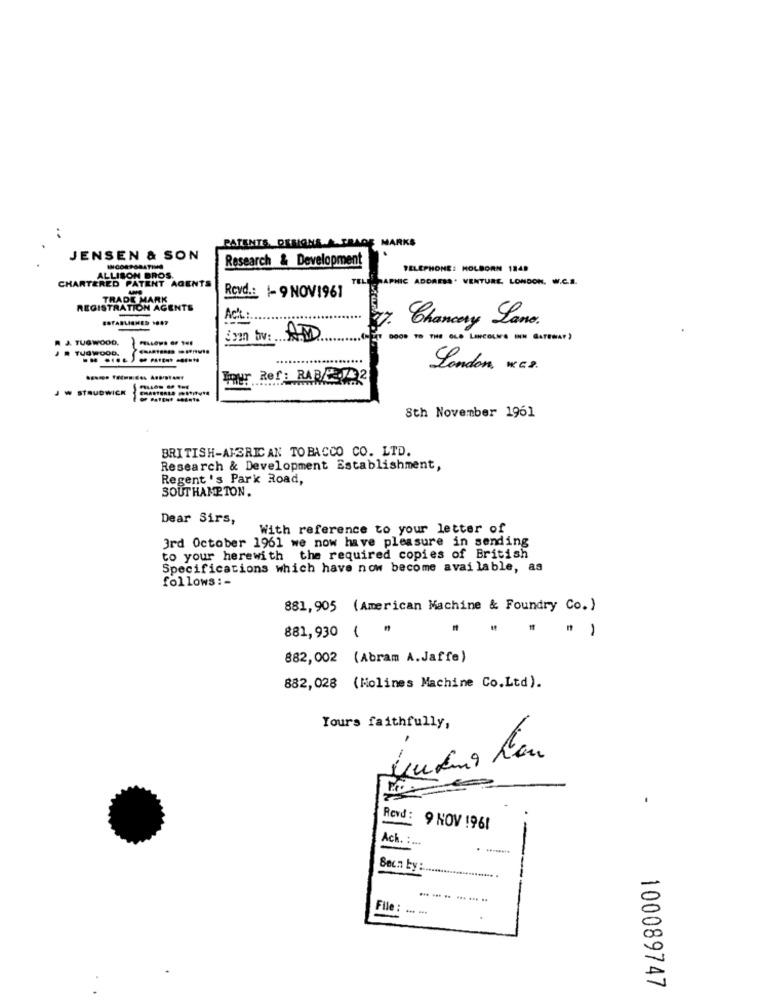
PATENTS DESIGNS A TRADE MARKS
JENSEN & SON
Research & Development
INCORPORATING
TELEPHONE: HOLBORN 1845
CHARTERED PATENT AGENTS
ALLISON BROS.
HIC ADDRESS. VENTURE. LONDON. W.C.S.
TRADE MARK
Rovd .: 1-9 NOV1961
REGISTRATION AGENTE
ESTABLISHED 1847
ACIL:
27.
Chancery Lane.
R J. TUGWOOD.
TUSWOOD.
.....------.
London, w. c.2.
Four Ref: RABE .7 2
JW STRUDWICK
-
Sth November 1961
BRITISH-AMERICAN TOBACCO CO. LTD.
Research & Development Establishment,
Regent 's Park Road,
SOUTHAMPTON.
Dear Sirs,
With reference to your letter of
3rd October 1961 we now have pleasure in sending
to your herewith the required copies of British
Specifications which have now become available, as
follows :-
881, 905 (American Machine & Foundry Co. )
881,930 ( ")
882,002 (Abram A.Jaffe)
882,028 (Molines Machine Co.Ltd).
Yours faithfully,
Revd :
9 NOV 1961
-
Ack. :...
=
Seca by :
-
... ... .. ... ... ..
File:
100089747